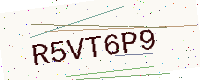
Text: R5VT6P9